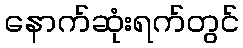
နောက်ဆုံးရက်တွင်